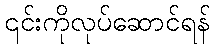
၎င်းကိုလုပ်ဆောင်ရန်